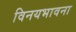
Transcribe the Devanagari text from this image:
विनयभावना